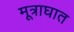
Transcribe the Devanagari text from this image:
मूत्राघात